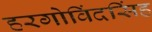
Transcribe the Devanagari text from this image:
हरगोविंदसिंह